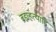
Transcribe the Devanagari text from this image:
ब्रह्महत्यादि